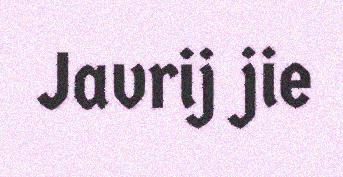
Javrij jie